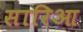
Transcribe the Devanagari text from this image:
सारिआ